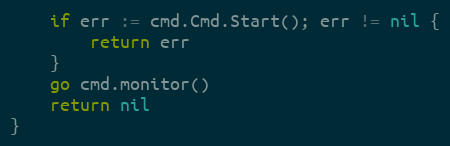
Language: Go
	if err := cmd.Cmd.Start(); err != nil {
		return err
	}
	go cmd.monitor()
	return nil
}